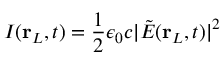
I ( \mathbf { r } _ { L } , t ) = \frac { 1 } { 2 } \epsilon _ { 0 } c \lvert \tilde { E } ( \mathbf { r } _ { L } , t ) \rvert ^ { 2 }